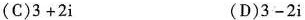
(C)$$ 3 + 2i $$ (D)$$ 3 - 2i $$